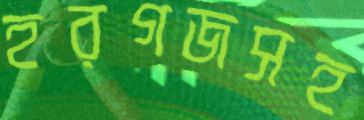
হরগজসহ